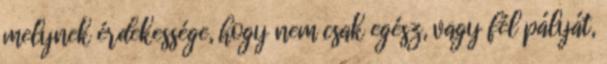
melynek érdekessége, hogy nem csak egész, vagy fél pályát,